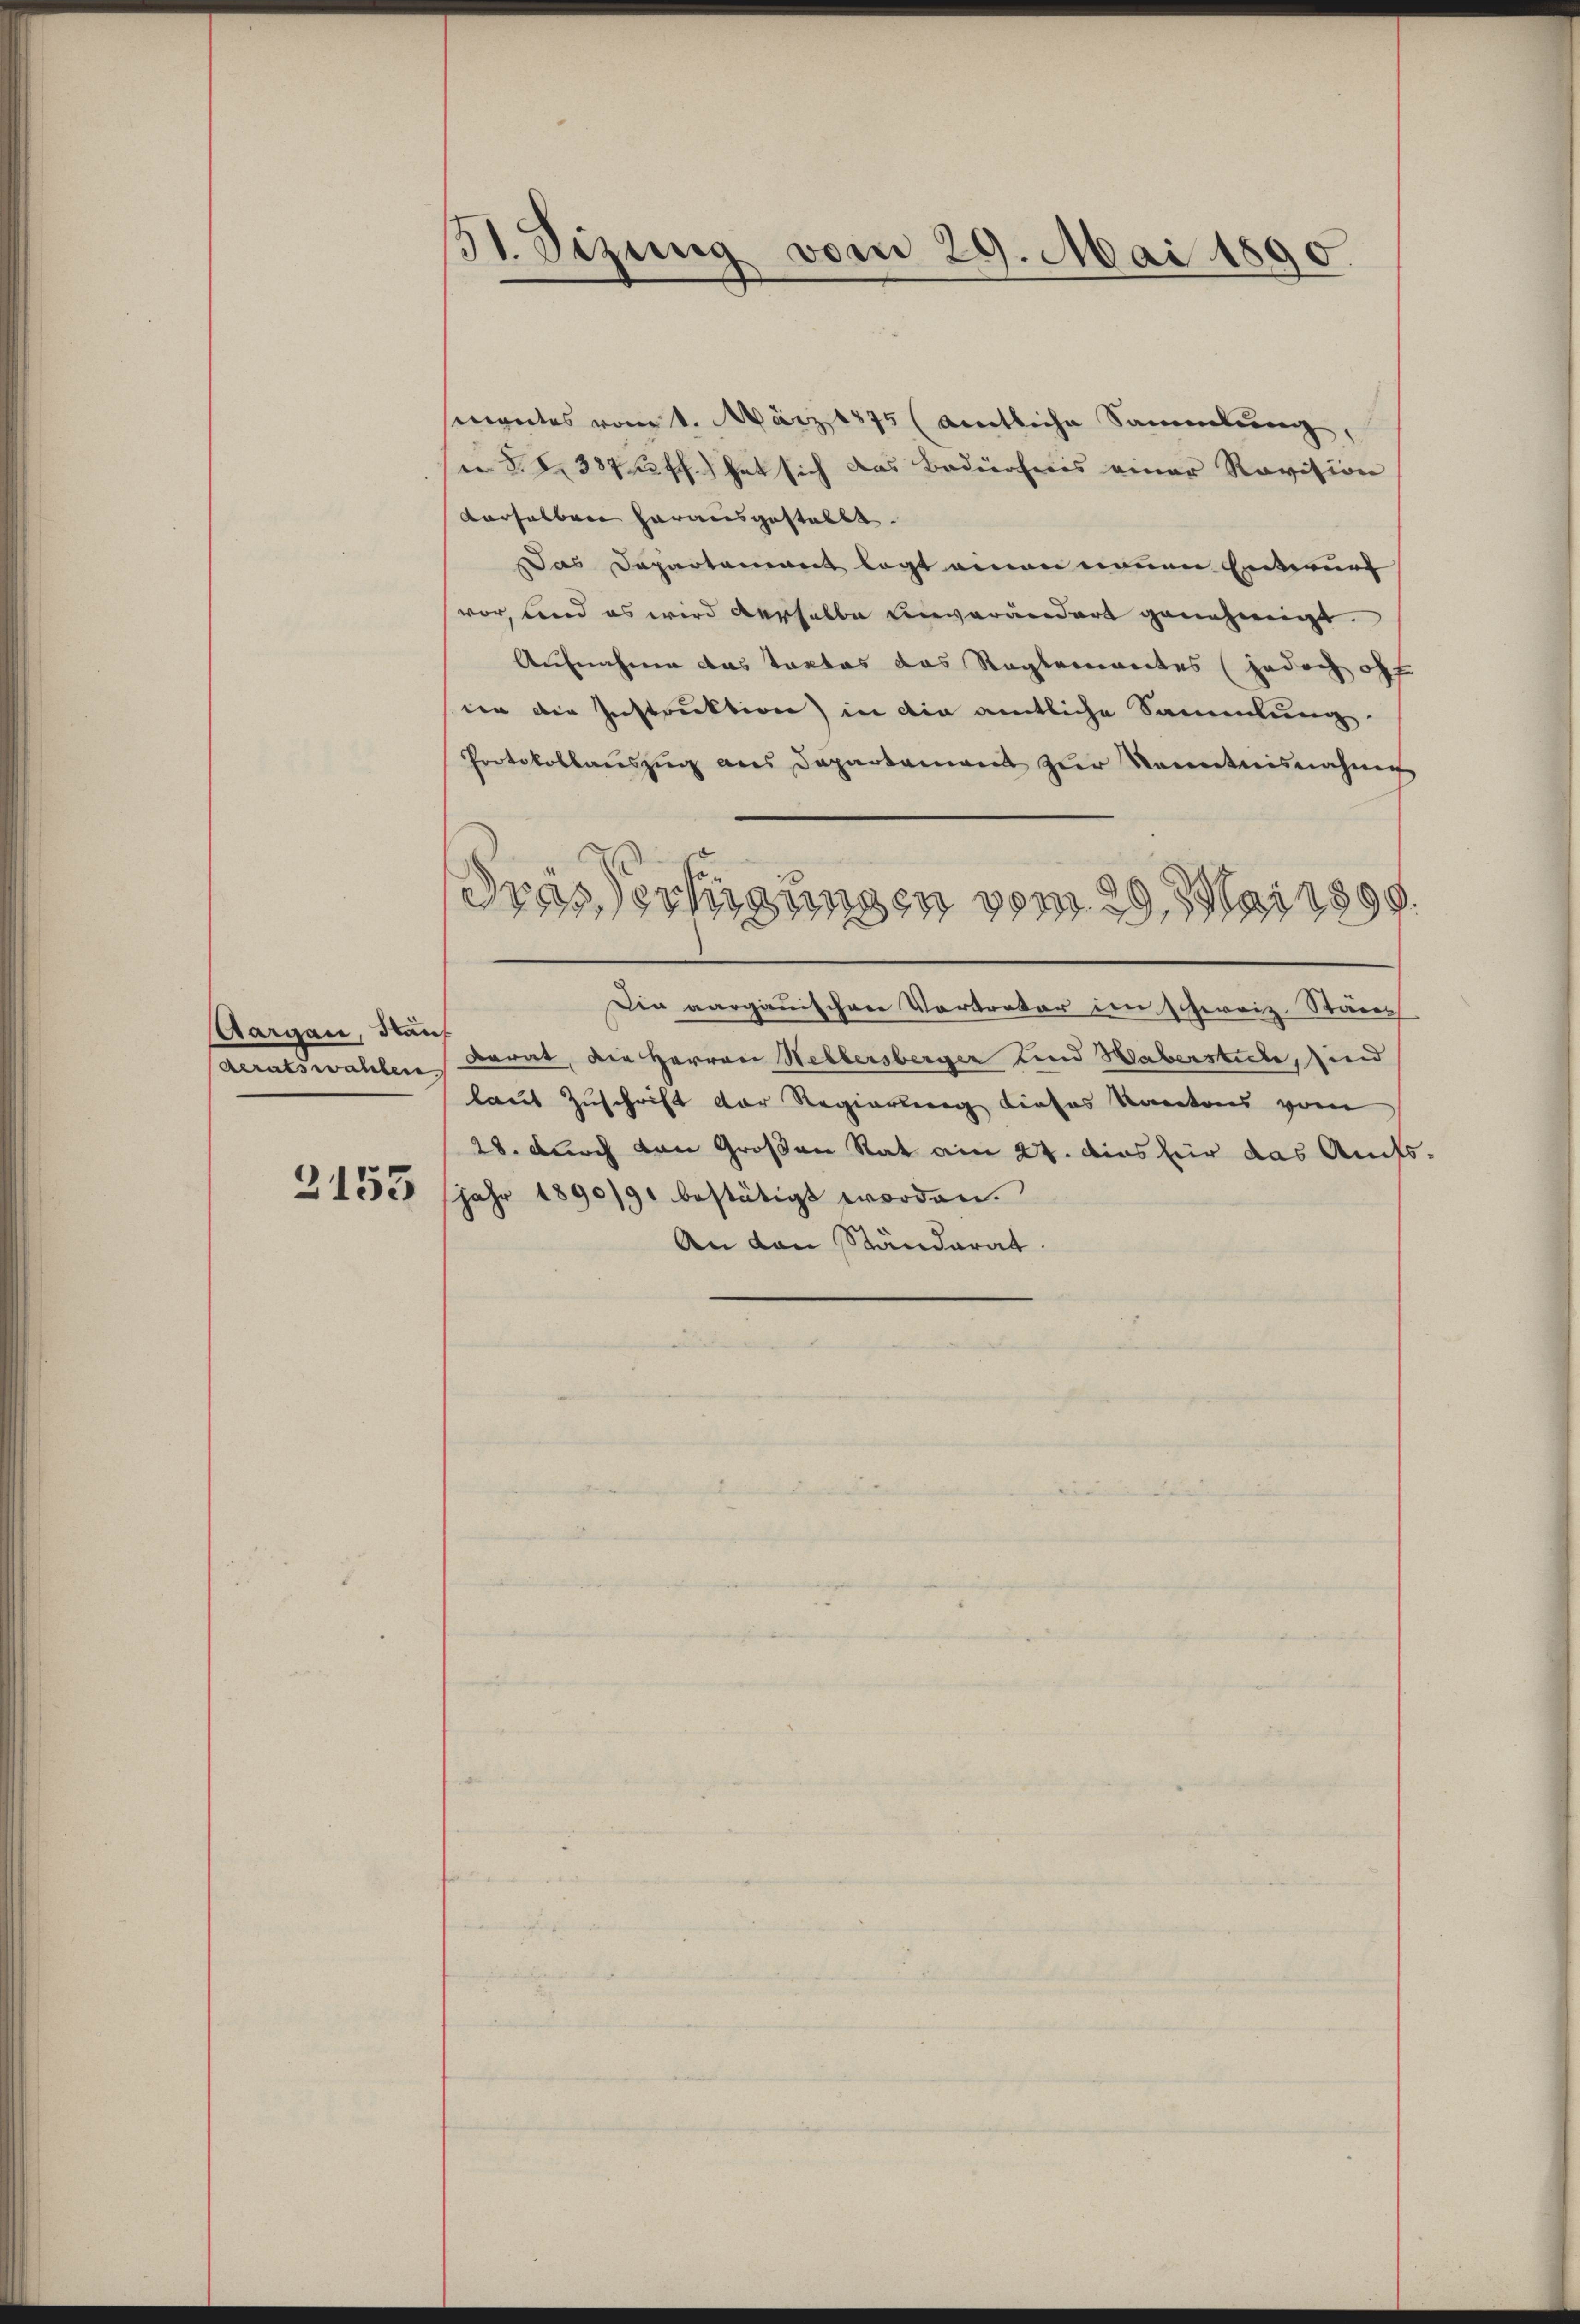
Aargau, Stan¬

2155

51. Sizung vom 29. Mai 1890

mantes vom 1. März 1875 (amtliche Sammlung,
 §.§. 337 ff.) hat sich das Bedürfnis einer Revision
derselben herausgestellt.
Das Departement legt einen neuen Enterurt
vor, und es wird derselbe unverändert genehmigt.
Aufnahmen das Tartas das Reglementes (jedoch off
ien die Instruktion) in die amtliche Sammlung.
Protokollaŭszŭg ans Departament zŭr Kenntnisnahme
Die aargauischere Vertrator im schweiz. Städen
deratswahlen Darat, die Herren Hellersberger und Haberstile, sind
laut Zuschrift der Regierung Liefes Kantons vom
28. durch von Großen Rat am 24. dies für das Amtsjahr 1890/91 bestätigt worden.
An den Ständerat.

drassertigungen vom 29. Mai 1899.